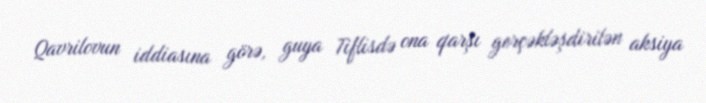
Qavrilovun iddiasına görə, guya Tiflisdə ona qarşı gerçəkləşdirilən aksiya